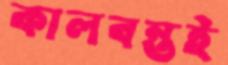
কালবন্তই